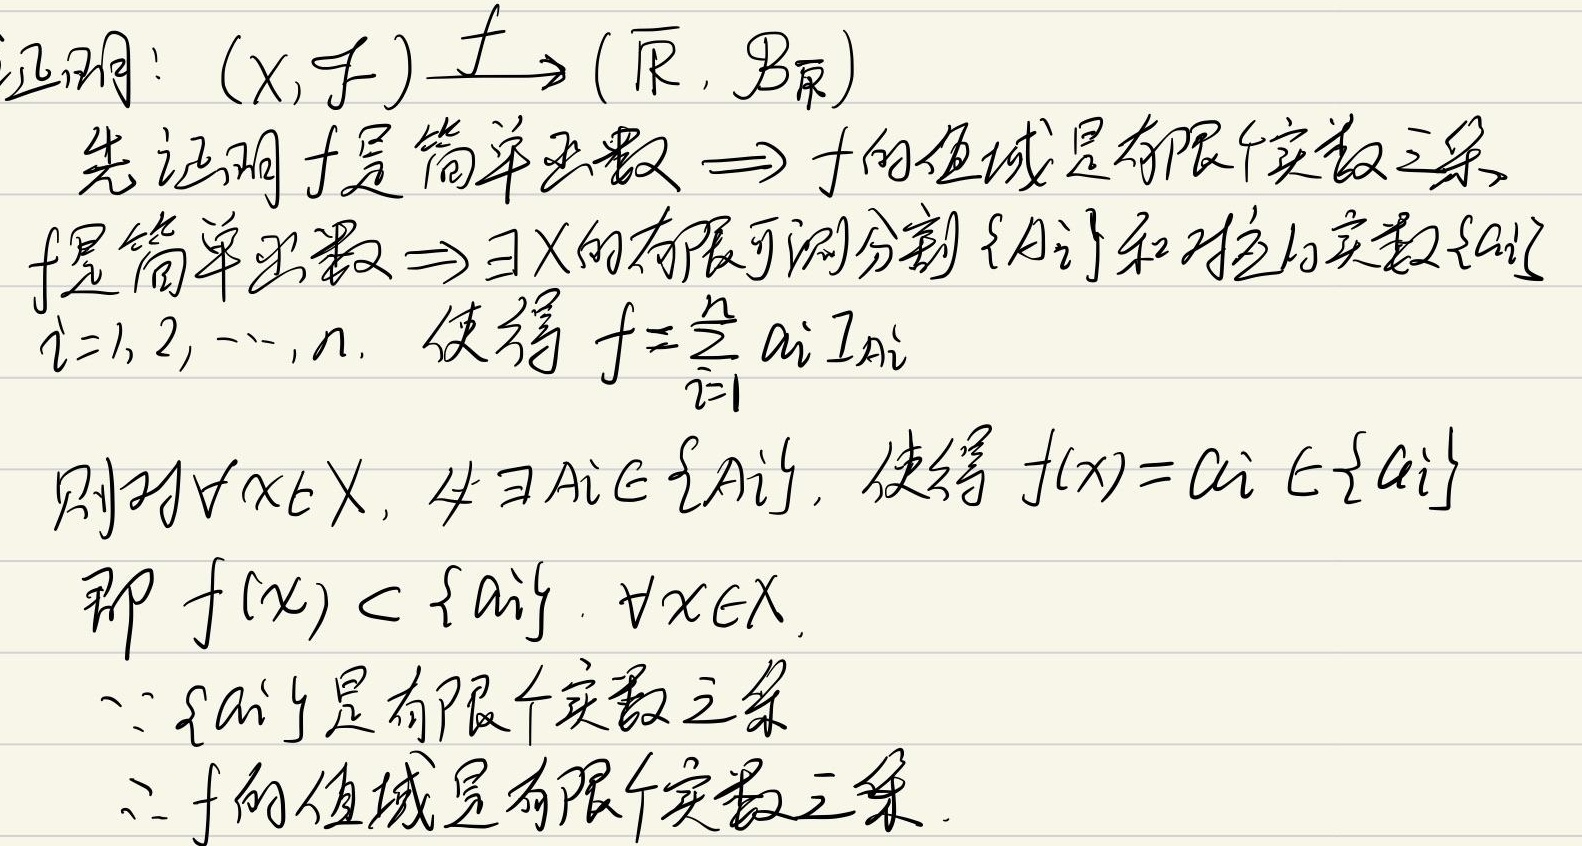
证明：\((X, \mathcal{J})\xrightarrow{f} (\overline{\mathbb{R}}, \mathcal{B}_{\overline{\mathbb{R}}})\)。先证明\(f\)是简单函数\(\Rightarrow f\)的值域是有限个实数之集。

\(f\)是简单函数\(\Rightarrow \exists X\)的有限可测分割\(\{A_i\}\)和对应的实数\(\{a_i\}\)，\(i = 1,2,\cdots,n\)，使得\(f=\sum_{i = 1}^{n}a_i1_{A_i}\)。

则对\(\forall x\in X\)，\(\exists A_i\in\{A_i\}\)，使得\(f(x)=a_i\in\{a_i\}\)，即\(f(x)\in \{a_i\}\)，\(\forall x\in X\)。

\(\because \{a_i\}\)是有限个实数之集，\(\therefore f\)的值域是有限个实数之集。